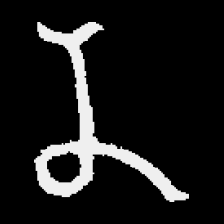
Pyu character \u2014 Myanmar letter: န (romanized: na)